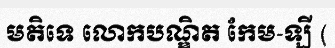
មតិទេ លោកបណ្ឌិត កែម-ឡី (